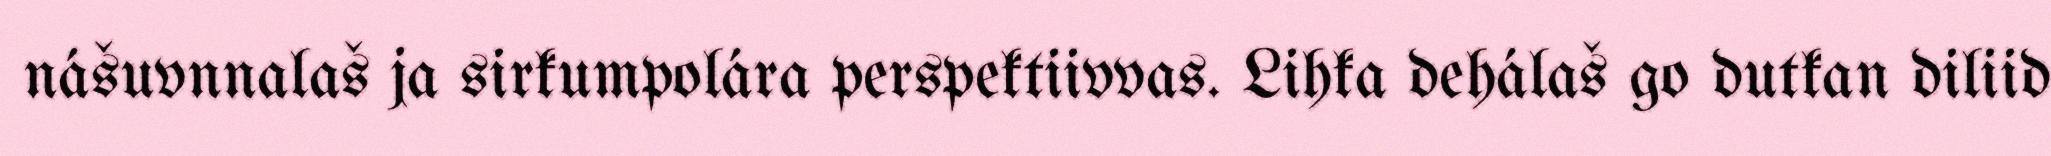
nášuvnnalaš ja sirkumpolára perspektiivvas. Lihka dehálaš go dutkan diliid